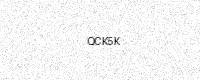
Text: QCK5K